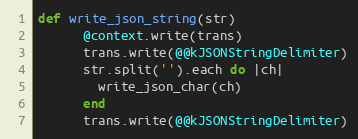
Language: Ruby
def write_json_string(str)
      @context.write(trans)
      trans.write(@@kJSONStringDelimiter)
      str.split('').each do |ch|
        write_json_char(ch)
      end
      trans.write(@@kJSONStringDelimiter)